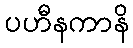
ပဟီနကာနိ